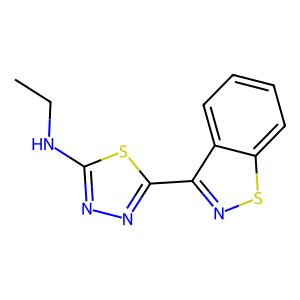
SMILES: CCNc1nnc(-c2nsc3ccccc23)s1
Inhibits HIV replication: No